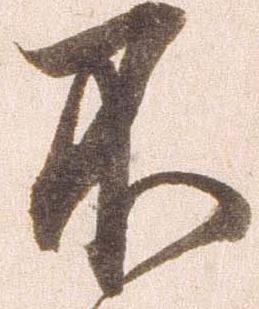
不